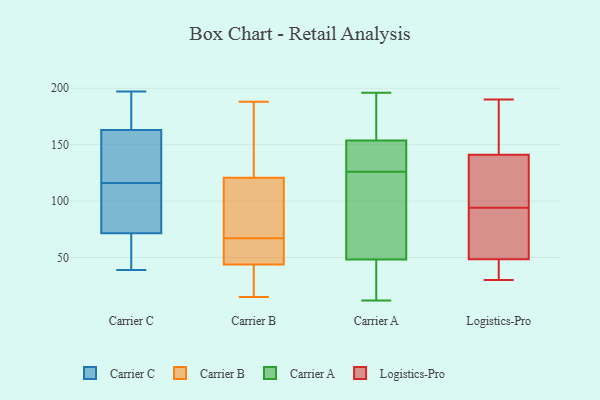
{"axis": {"x": "Inventory Turnover", "y": "Value"}, "legend": ["Carrier A", "Carrier B", "Carrier C", "Logistics-Pro"], "data": [{"x": "", "y": 152, "type": "Carrier C"}, {"x": "", "y": 140, "type": "Carrier C"}, {"x": "", "y": 67, "type": "Carrier C"}, {"x": "", "y": 76, "type": "Carrier C"}, {"x": "", "y": 197, "type": "Carrier C"}, {"x": "", "y": 54, "type": "Carrier C"}, {"x": "", "y": 142, "type": "Carrier C"}, {"x": "", "y": 48, "type": "Carrier C"}, {"x": "", "y": 39, "type": "Carrier C"}, {"x": "", "y": 184, "type": "Carrier C"}, {"x": "", "y": 166, "type": "Carrier C"}, {"x": "", "y": 115, "type": "Carrier C"}, {"x": "", "y": 117, "type": "Carrier C"}, {"x": "", "y": 82, "type": "Carrier C"}, {"x": "", "y": 100, "type": "Carrier C"}, {"x": "", "y": 184, "type": "Carrier C"}, {"x": "", "y": 115, "type": "Carrier C"}, {"x": "", "y": 195, "type": "Carrier C"}, {"x": "", "y": 160, "type": "Carrier C"}, {"x": "", "y": 50, "type": "Carrier C"}, {"x": "", "y": 77, "type": "Carrier B"}, {"x": "", "y": 57, "type": "Carrier B"}, {"x": "", "y": 177, "type": "Carrier B"}, {"x": "", "y": 43, "type": "Carrier B"}, {"x": "", "y": 44, "type": "Carrier B"}, {"x": "", "y": 146, "type": "Carrier B"}, {"x": "", "y": 49, "type": "Carrier B"}, {"x": "", "y": 23, "type": "Carrier B"}, {"x": "", "y": 15, "type": "Carrier B"}, {"x": "", "y": 66, "type": "Carrier B"}, {"x": "", "y": 74, "type": "Carrier B"}, {"x": "", "y": 31, "type": "Carrier B"}, {"x": "", "y": 144, "type": "Carrier B"}, {"x": "", "y": 188, "type": "Carrier B"}, {"x": "", "y": 67, "type": "Carrier B"}, {"x": "", "y": 92, "type": "Carrier B"}, {"x": "", "y": 113, "type": "Carrier B"}, {"x": "", "y": 115, "type": "Carrier A"}, {"x": "", "y": 118, "type": "Carrier A"}, {"x": "", "y": 155, "type": "Carrier A"}, {"x": "", "y": 29, "type": "Carrier A"}, {"x": "", "y": 161, "type": "Carrier A"}, {"x": "", "y": 137, "type": "Carrier A"}, {"x": "", "y": 174, "type": "Carrier A"}, {"x": "", "y": 47, "type": "Carrier A"}, {"x": "", "y": 35, "type": "Carrier A"}, {"x": "", "y": 168, "type": "Carrier A"}, {"x": "", "y": 126, "type": "Carrier A"}, {"x": "", "y": 52, "type": "Carrier A"}, {"x": "", "y": 128, "type": "Carrier A"}, {"x": "", "y": 150, "type": "Carrier A"}, {"x": "", "y": 196, "type": "Carrier A"}, {"x": "", "y": 89, "type": "Carrier A"}, {"x": "", "y": 12, "type": "Carrier A"}, {"x": "", "y": 136, "type": "Carrier A"}, {"x": "", "y": 44, "type": "Carrier A"}, {"x": "", "y": 30, "type": "Logistics-Pro"}, {"x": "", "y": 184, "type": "Logistics-Pro"}, {"x": "", "y": 149, "type": "Logistics-Pro"}, {"x": "", "y": 123, "type": "Logistics-Pro"}, {"x": "", "y": 136, "type": "Logistics-Pro"}, {"x": "", "y": 127, "type": "Logistics-Pro"}, {"x": "", "y": 37, "type": "Logistics-Pro"}, {"x": "", "y": 94, "type": "Logistics-Pro"}, {"x": "", "y": 71, "type": "Logistics-Pro"}, {"x": "", "y": 44, "type": "Logistics-Pro"}, {"x": "", "y": 64, "type": "Logistics-Pro"}, {"x": "", "y": 31, "type": "Logistics-Pro"}, {"x": "", "y": 53, "type": "Logistics-Pro"}, {"x": "", "y": 146, "type": "Logistics-Pro"}, {"x": "", "y": 190, "type": "Logistics-Pro"}, {"x": "", "y": 94, "type": "Logistics-Pro"}]}